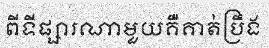
ពីទីផ្សារណាមួយគឺគាត់ប្រឹង